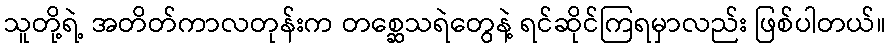
သူတို့ရဲ့ အတိတ်ကာလတုန်းက တစ္ဆေသရဲတွေနဲ့ ရင်ဆိုင်ကြရမှာလည်း ဖြစ်ပါတယ်။